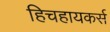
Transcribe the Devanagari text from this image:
हिचहायकर्स